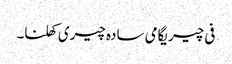
فی چیریگامی سادہ چیری کھلنا۔